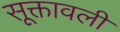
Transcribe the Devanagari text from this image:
सूक्तावली